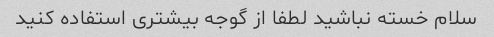
سلام خسته نباشید لطفا از گوجه بیشتری استفاده کنید